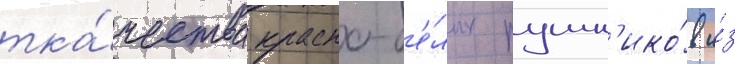
тка́чества красно-б'е́лых рушн'ико́в и́з